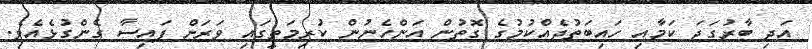
އަދި ބާރުގަދަ ކަމާއި ހައިބަތުދެއްކުމުގެ ގޮތުން އަންހެނުން ކުރިމަތީގައި ވަރަށް ފައިސާ ގެންގުޅެއެވެ.